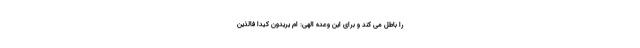
را باطل می کند و برای این وعده‌ الهی: اَم یُریدونَ کَیدًا فَالَّذینَ